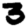
Digit: 3